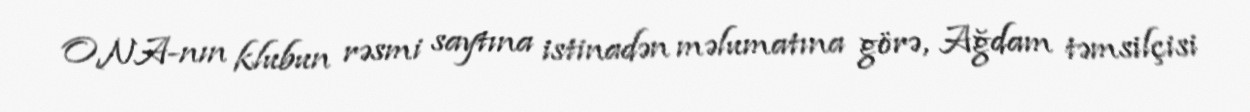
ONA-nın klubun rəsmi saytına istinadən məlumatına görə, Ağdam təmsilçisi